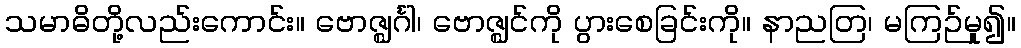
သမာဓိတို့လည်းကောင်း။ ဗောဇ္ဈင်္ဂါ၊ ဗောဇ္ဈင်ကို ပွားစေခြင်းကို။ နာညတြ၊ မကြဉ်မူ၍။